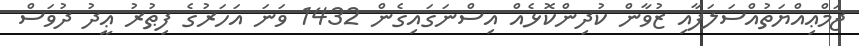
ޖަމްޢިއްޔަތުއްސަލަފާއި ޒުވާން ކުދިންކޮޅެއް އިސްނަގައިގެން 1432 ވަނަ އަހަރުގެ ފިޠުރު ޢީދު ދުވަސް